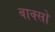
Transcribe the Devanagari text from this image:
बाक्सों